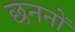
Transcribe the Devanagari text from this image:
छननों